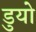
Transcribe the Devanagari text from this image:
डुयो